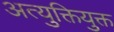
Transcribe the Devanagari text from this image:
अत्युक्तियुक्त